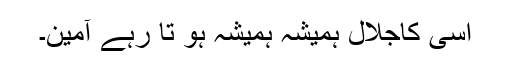
اسی کاجلال ہمیشہ ہمیشہ ہو تا رہے آمین۔